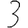
Digit: 3